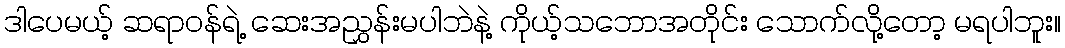
ဒါပေမယ့် ဆရာဝန်ရဲ့ ဆေးအညွှန်းမပါဘဲနဲ့ ကိုယ့်သဘောအတိုင်း သောက်လို့တော့ မရပါဘူး။